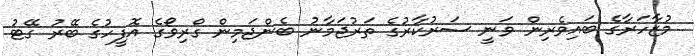
މުޒާހަރާގެ ބައިވެރިން ވަނީ ސަރުކާރުގެ ތަރުޖަމާނު ބެންޖަމިން ގްރިވޯގެ އޮފީހުގެ ބޭރު ގޭޓު